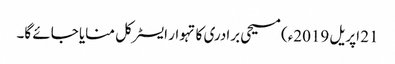
21 اپریل 2019ء) مسیحی برادری کا تہوار ایسٹر کل منایا جائے گا۔